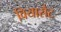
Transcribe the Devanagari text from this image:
वियासैट